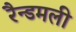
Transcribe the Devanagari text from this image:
रैन्डमली